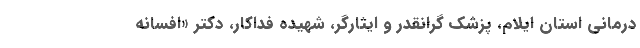
درمانی استان ایلام، پزشک گرانقدر و ایثارگر، شهیده فداکار، دکتر «افسانه